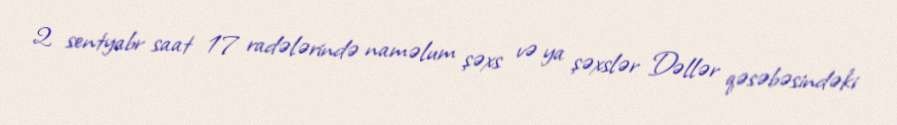
2 sentyabr saat 17 radələrində naməlum şəxs və ya şəxslər Dəllər qəsəbəsindəki